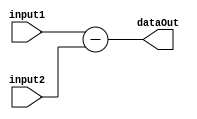
module sub #(
    parameter DATA_WIDTH = 32
)(
    input [DATA_WIDTH-1:0] input1,
    input [DATA_WIDTH-1:0] input2,
    output [DATA_WIDTH:0] dataOut
);
wire signed [DATA_WIDTH:0]input1s;
wire signed [DATA_WIDTH:0]input2s;
        assign input1s = input1;
        assign input2s = input2;
        assign  dataOut = input1s - input2s;

endmodule